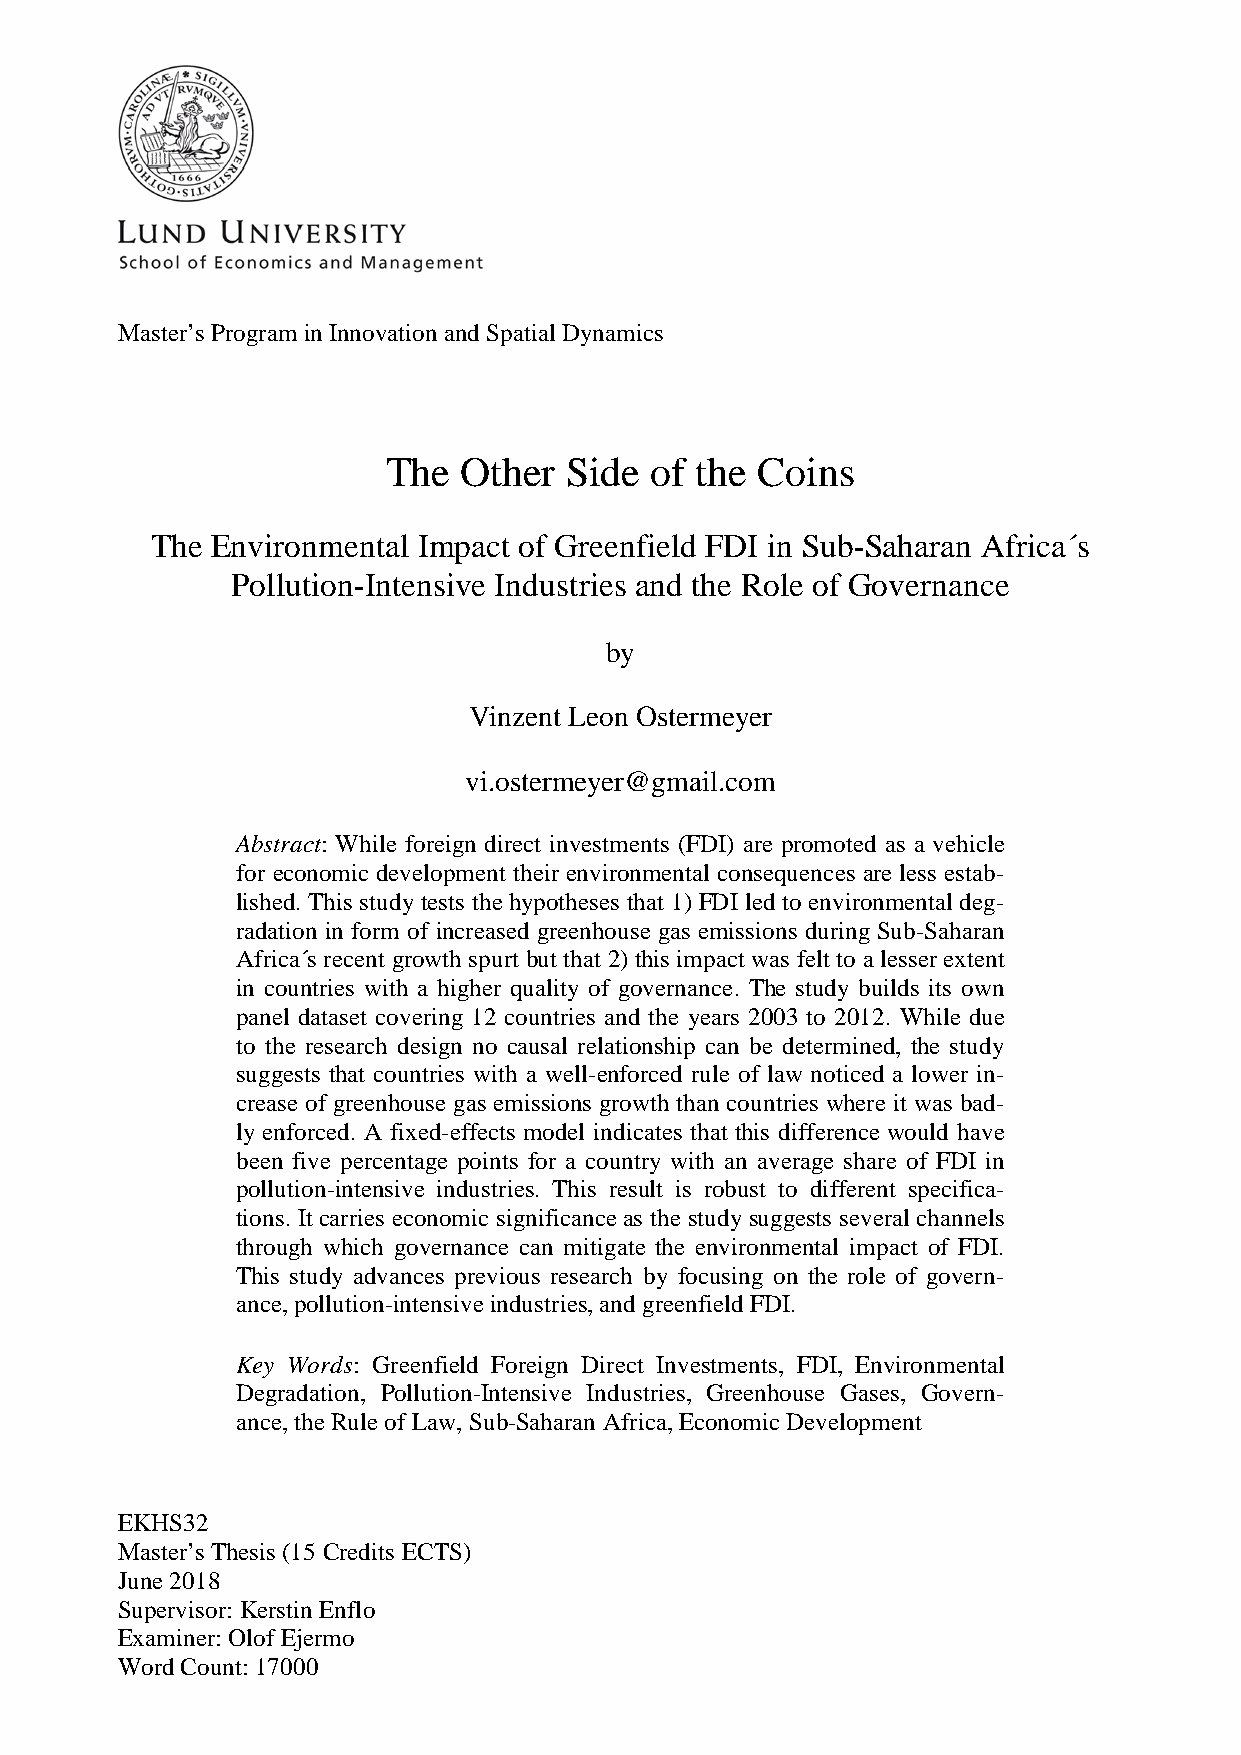
Master’s Program in Innovation and Spatial Dynamics
 The  Other Side  of the Coins
 The Environmental Impact of Greenfield FDI in Sub-Saharan Africa´s
 Pollution-Intensive Industries and the Role of Governance
 by
 Vinzent Leon Ostermeyer
 vi.ostermeyer@gmail.com
 Abstract: While foreign direct investments (FDI) are promoted as a vehicle
 for economic development their environmental consequences are less estab-
 lished. This study tests the hypotheses that 1) FDI led to environmental deg-
 radation in form of increased greenhouse gas emissions during Sub-Saharan
 Africa´s recent growth spurt but that 2) this impact was felt to a lesser extent
 in countries with a higher quality of governance. The study builds its own
 panel dataset covering 12 countries and the years 2003 to 2012. While due
 to the research design no causal relationship can be determined, the study
 suggests that countries with a well-enforced rule of law noticed a lower in-
 crease of greenhouse gas emissions growth than countries where it was bad-
 ly enforced. A fixed-effects model indicates that this difference would have
 been five percentage points for a country with an average share of FDI in
 pollution-intensive industries. This result is robust to different specifica-
 tions. It carries economic significance as the study suggests several channels
 through which governance can mitigate the environmental impact of FDI.
 This study advances previous research by focusing on the role of govern-
 ance, pollution-intensive industries, and greenfield FDI.
 Key Words: Greenfield Foreign Direct Investments, FDI, Environmental
 Degradation, Pollution-Intensive Industries, Greenhouse Gases, Govern-
 ance, the Rule of Law, Sub-Saharan Africa, Economic Development
 EKHS32
 Master’s Thesis (15 Credits ECTS)
 June 2018
 Supervisor: Kerstin Enflo
 Examiner: Olof Ejermo
 Word Count: 17000